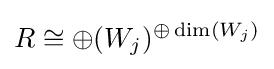
R\cong \oplus (W_{j})^{\oplus \dim(W_{j})}